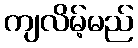
ကျလိမ့်မည်